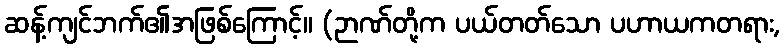
ဆန့်ကျင်ဘက်၏အဖြစ်ကြောင့်။ (ဉာဏ်တို့က ပယ်တတ်သော ပဟာယကတရား,